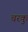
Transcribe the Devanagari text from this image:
चरकु